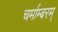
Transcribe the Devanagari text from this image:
चर्माम्बरम्